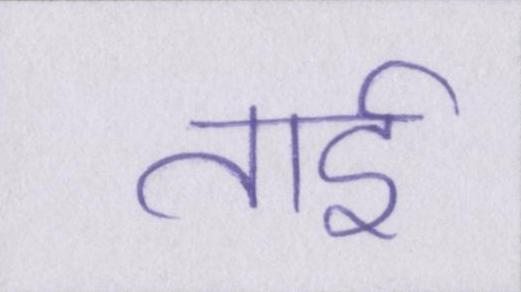
ताई